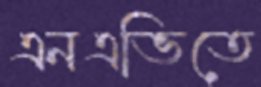
এনএভিতে